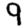
Digit: 9